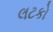
લટકો